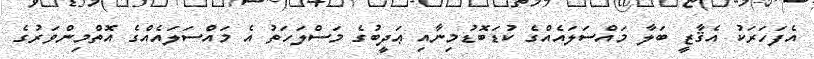
އެފަހަރަކު އެޤާޒީ ބަލާ މައްސަލައެއްގެ ކުޑަބޮޑުމިނާއި ޢަދީބުގެ މަސްލަހަތު އެ މައްސަލައެއްގެ އޮތްމިންވަރުގެ